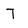
Character: T